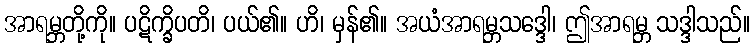
အာရမ္ဘတို့ကို။ ပဋိက္ခိပတိ၊ ပယ်၏။ ဟိ၊ မှန်၏။ အယံအာရမ္ဘသဒ္ဒေါ၊ ဤအာရမ္ဘ သဒ္ဒါသည်။